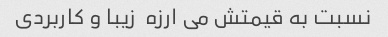
نسبت به قیمتش می ارزه  زیبا و کاربردی